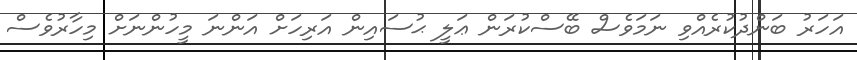
އަހަރު ބަންދުކުރެއްވި ނަމަވެސް ބޭސްކުރަން ޢަލީ ޙުސައިން އަރިހަށް އަންނަ މީހުންނަށް މިހާރުވެސް